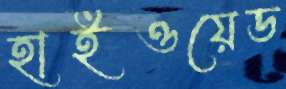
হাইওয়েড